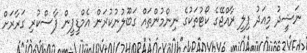
ނަޝީދު މިއަދު ފިލީ ރާއްޖޭގެ ކޯޓުތަކުގެ ނިންމުންތައް ގަބޫލުނުކުރަން އެމްޑީޕީން ފާސްކުރި ގަރާރަށް